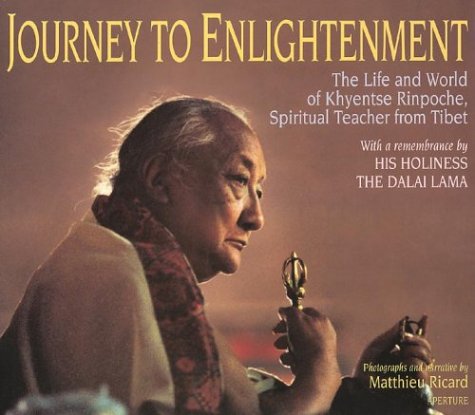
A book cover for Journey to Enlightenment: The Life and World of Khyentse Rinpoche, Spiritual Teacher From Tibet; Matthieu Ricard; Religion & Spirituality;